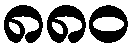
၈၈၀